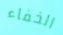
الخفاء